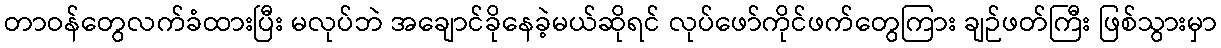
တာဝန်တွေလက်ခံထားပြီး မလုပ်ဘဲ အချောင်ခိုနေခဲ့မယ်ဆိုရင် လုပ်ဖော်ကိုင်ဖက်တွေကြား ချဉ်ဖတ်ကြီး ဖြစ်သွားမှာ